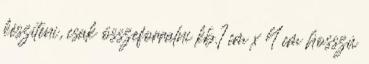
készíteni, csak összeforralni kb.1 cm x 4 cm hosszú